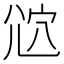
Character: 𡯠